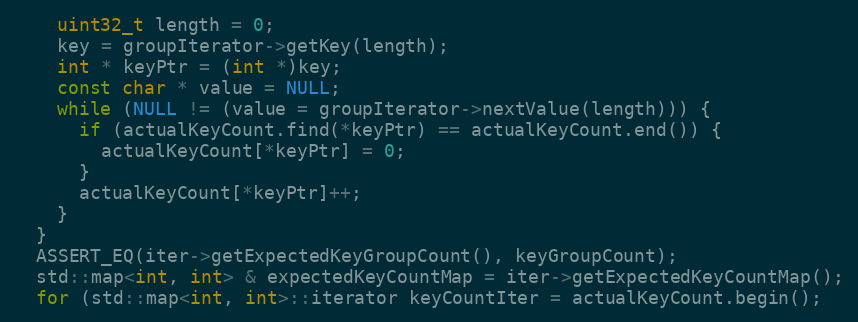
Language: C++
    uint32_t length = 0;
    key = groupIterator->getKey(length);
    int * keyPtr = (int *)key;
    const char * value = NULL;
    while (NULL != (value = groupIterator->nextValue(length))) {
      if (actualKeyCount.find(*keyPtr) == actualKeyCount.end()) {
        actualKeyCount[*keyPtr] = 0;
      }
      actualKeyCount[*keyPtr]++;
    }
  }
  ASSERT_EQ(iter->getExpectedKeyGroupCount(), keyGroupCount);
  std::map<int, int> & expectedKeyCountMap = iter->getExpectedKeyCountMap();
  for (std::map<int, int>::iterator keyCountIter = actualKeyCount.begin();